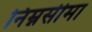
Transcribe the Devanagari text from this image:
निम्नसीमा